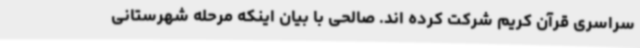
سراسری قرآن کریم شرکت کرده اند. صالحی با بیان اینکه مرحله شهرستانی